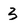
Character: 3